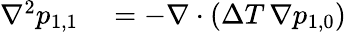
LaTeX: \begin{array}{rl}{\nabla^{2}p_{1,1}}&{{}=-\nabla\cdot(\Delta T\, \nabla p_{1,0})}\end{array}